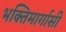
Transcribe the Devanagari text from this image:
भक्तिमार्गासी